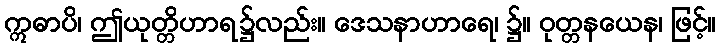
ဣဓာပိ၊ ဤယုတ္တိဟာရ၌လည်း။ ဒေသနာဟာရေ၊ ၌။ ဝုတ္တနယေန၊ ဖြင့်။